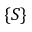
\{ S \}